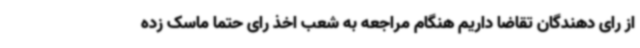
از رای دهندگان تقاضا داریم هنگام مراجعه به شعب اخذ رای حتما ماسک زده